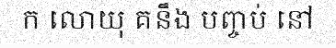
ក លោយុ គនឹង បញ្ចប់ នៅ